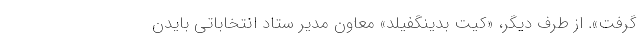
گرفت». از طرف دیگر، «کیت بدینگفیلد» معاون مدیر ستاد انتخاباتی بایدن